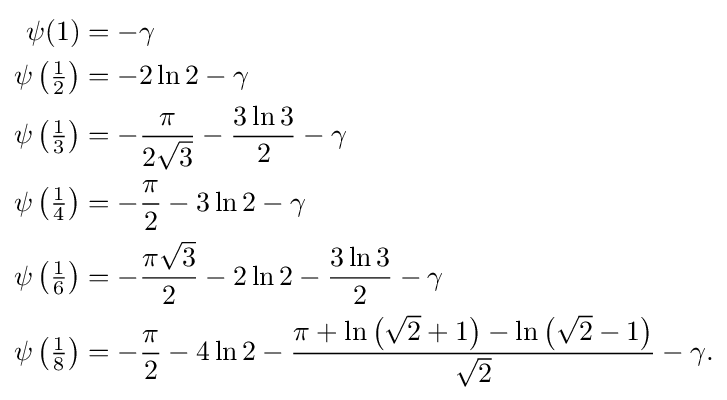
{\begin{aligned}\psi (1)&=-\gamma \\\psi \left({\tfrac {1}{2}}\right)&=-2\ln {2}-\gamma \\\psi \left({\tfrac {1}{3}}\right)&=-{\frac {\pi }{2{\sqrt {3}}}}-{\frac {3\ln {3}}{2}}-\gamma \\\psi \left({\tfrac {1}{4}}\right)&=-{\frac {\pi }{2}}-3\ln {2}-\gamma \\\psi \left({\tfrac {1}{6}}\right)&=-{\frac {\pi {\sqrt {3}}}{2}}-2\ln {2}-{\frac {3\ln {3}}{2}}-\gamma \\\psi \left({\tfrac {1}{8}}\right)&=-{\frac {\pi }{2}}-4\ln {2}-{\frac {\pi +\ln \left({\sqrt {2}}+1\right)-\ln \left({\sqrt {2}}-1\right)}{\sqrt {2}}}-\gamma .\end{aligned}}